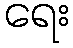
ရေး